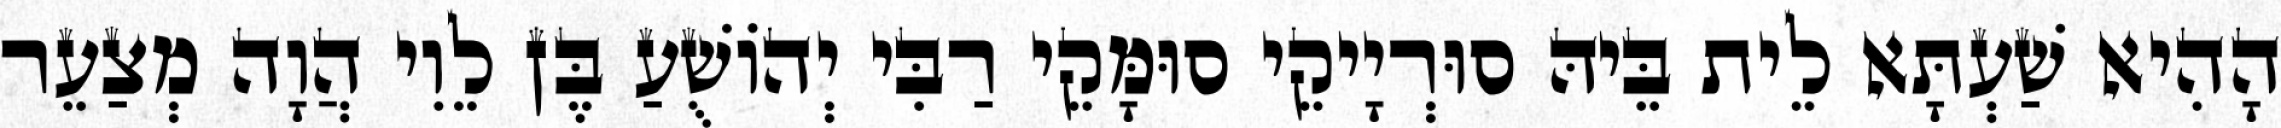
הָהִיא שַׁעְתָּא לֵית בֵּיהּ סוּרְיָיקֵי סוּמָּקֵי רַבִּי יְהוֹשֻׁעַ בֶּן לֵוִי הֲוָה מְצַעֵר